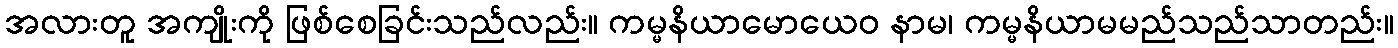
အလားတူ အကျိုးကို ဖြစ်စေခြင်းသည်လည်း။ ကမ္မနိယာမောယေဝ နာမ၊ ကမ္မနိယာမမည်သည်သာတည်း။